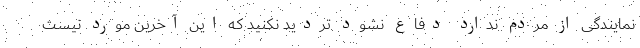
نمایندگی از مردم ندارد دفاع نشود تردید نکنید که این آخرین مورد نیست